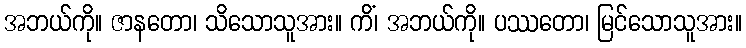
အဘယ်ကို။ ဇာနတော၊ သိသောသူအား။ ကိံ၊ အဘယ်ကို။ ပဿတော၊ မြင်သောသူအား။